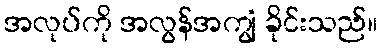
အလုပ်ကို အလွန်အကျွံ ခိုင်းသည်။